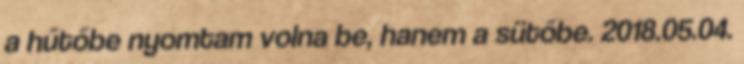
a hűtőbe nyomtam volna be, hanem a sütőbe. 2018.05.04.